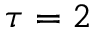
\tau = 2